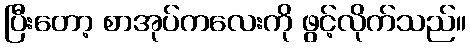
ပြီးတော့ စာအုပ်ကလေးကို ဖွင့်လိုက်သည်။